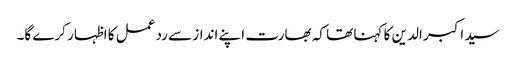
سید اکبر الدین کا کہنا تھا کہ بھارت اپنے انداز سے رد عمل کا اظہار کرے گا۔